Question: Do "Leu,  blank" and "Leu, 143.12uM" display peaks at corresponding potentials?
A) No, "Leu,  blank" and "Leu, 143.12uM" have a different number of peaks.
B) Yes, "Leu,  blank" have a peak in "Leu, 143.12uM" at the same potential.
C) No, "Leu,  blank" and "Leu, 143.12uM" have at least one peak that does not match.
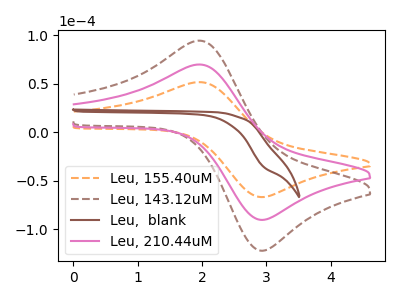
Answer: <think>The orange dashed curve "Leu, 155.40uM" has an anodic peak at (1.95V, 51.75uA) and a cathodic peak at (2.90V, -66.95uA). The brown dashed curve "Leu, 143.12uM" has an anodic peak at (1.95V, 139.85uA) and a cathodic peak at (2.90V, -180.95uA). The brown curve "Leu,  blank" has no peaks. The pink curve "Leu, 210.44uM" has an anodic peak at (1.95V, 69.95uA) and a cathodic peak at (2.90V, -90.45uA).</think>
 <answer>A) No, "Leu,  blank" and "Leu, 143.12uM" have a different number of peaks.</answer>
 <eval>A</eval>